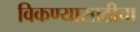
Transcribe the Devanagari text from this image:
विकण्यासाठीचा